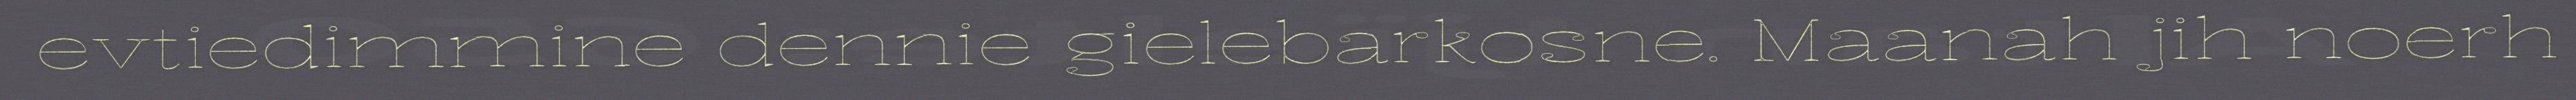
evtiedimmine dennie gielebarkosne. Maanah jih noerh